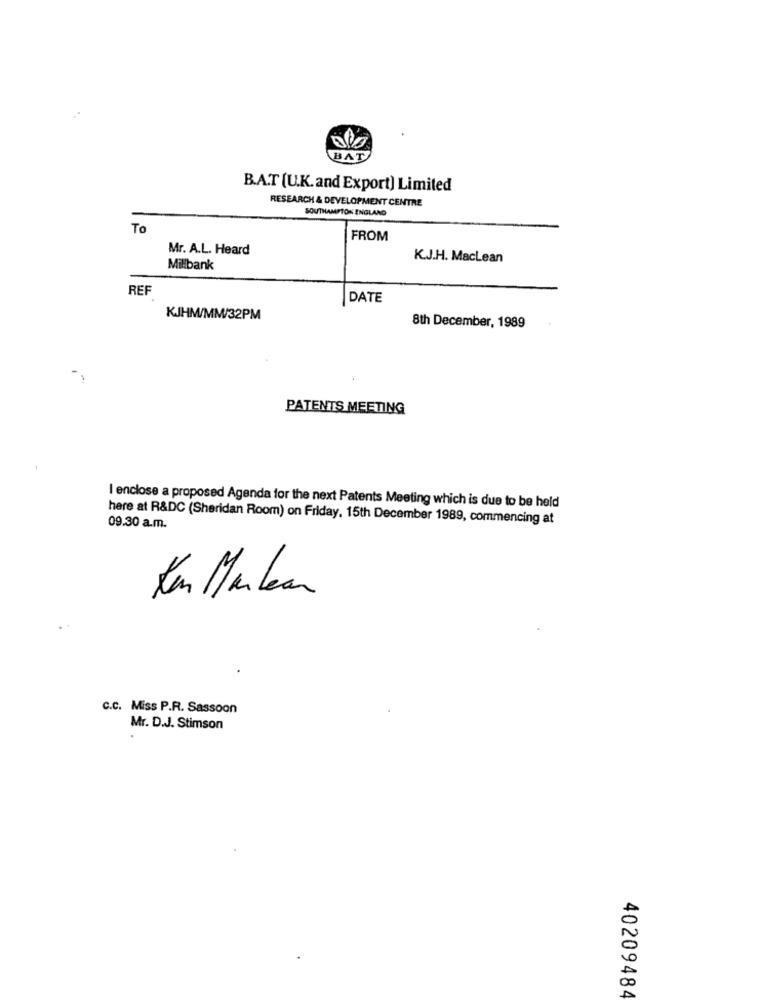
BAT
B.A.T (U.K.and Export) Limited
RESEARCH & DEVELOPMENT CENTRE
SOUTHAMPTON ENGLAND
To
FROM
Mr. A.L. Heard
K.J.H. Maclean
Millbank
REF
DATE
KJHM/MM/32PM
8th December, 1989
PATENTS MEETING
I enclose a proposed Agenda for the next Patents Meeting which is due to be held
here at R&DC (Sheridan Room) on Friday, 15th December 1989, commencing at
09.30 a.m.
Kan Manlean
.
c.C. Miss P.R. Sassoon
Mr. D.J. Stimson
40209484